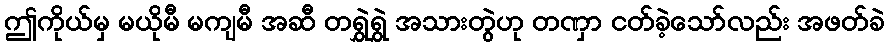
ဤကိုယ်မှ မယိုမီ မကျမီ အဆီ တရွှဲရွှဲ အသားတွဲဟု တဏှာ ငတ်ခဲ့သော်လည်း အဖတ်ခဲ